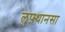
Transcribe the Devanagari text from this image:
लुफ़्थानसा